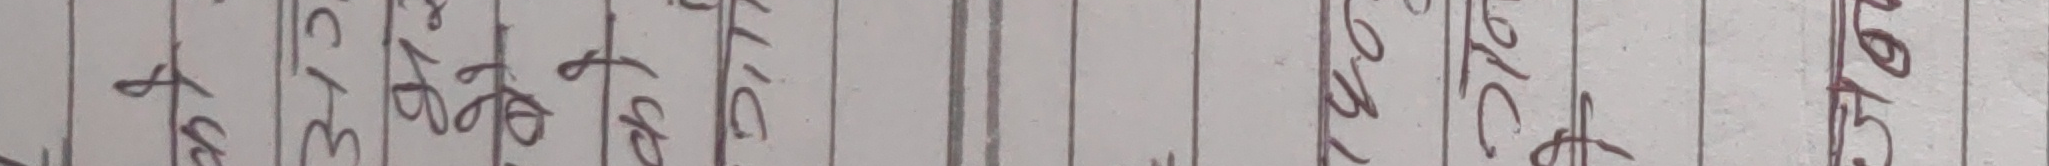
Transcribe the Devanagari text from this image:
पुस ३० गते सम्मको २०७८